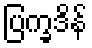
ပြက္ခဒိန်